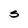
Character: S